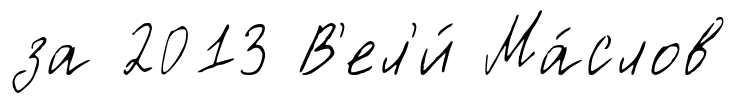
за 2013 В'ел'и́ Ма́слов